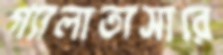
গ্যালাতাসারে